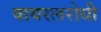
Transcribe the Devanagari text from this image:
वायरलरोधी